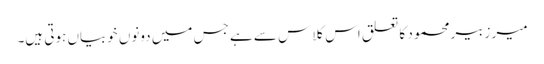
میر زبیر محمود کا تعلق اس کلاس سے ہے جس میں دونوں خوبیاں ہوتی ہیں۔